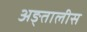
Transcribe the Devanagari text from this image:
अङ्तालीस